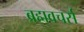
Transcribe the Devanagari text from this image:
ब्रह्मवचर्स